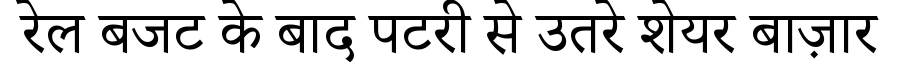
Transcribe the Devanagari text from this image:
रेल बजट के बाद पटरी से उतरे शेयर बाज़ार